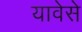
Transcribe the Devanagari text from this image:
यावेसे